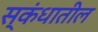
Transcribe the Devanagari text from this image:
स्कंधातील